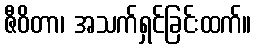
ဇီဝိတာ၊ အသက်ရှင်ခြင်းထက်။